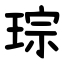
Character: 琮